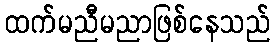
ထက်မညီမညာဖြစ်နေသည်